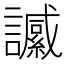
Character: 𧭶